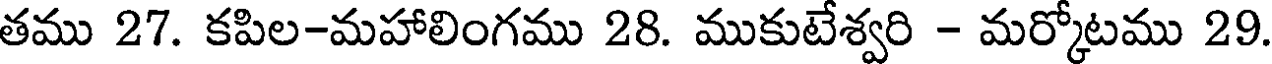
తము 27. కపిల-మహాలింగము 28. ముకుటేశ్వరి - మర్కోటము 29.